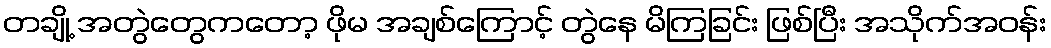
တချို့ အတွဲတွေကတော့ ဖိုမ အချစ်ကြောင့် တွဲနေ မိကြခြင်း ဖြစ်ပြီး အသိုက်အဝန်း